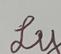
Signature authenticity: genuine